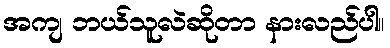
အကျ ဘယ်သူလဲဆိုတာ နားလည်ပါ။